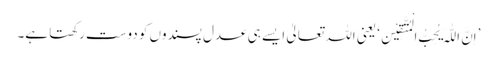
’اِنَّ اللّٰہَ یُحِبُّ الْمُتَّقِیْنَ‘ یعنی اللہ تعالیٰ ایسے ہی عدل پسندوں کو دوست رکھتا ہے۔